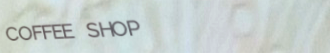
COFFEE SHOP